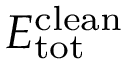
E _ { \mathrm { t o t } } ^ { \mathrm { c l e a n } }